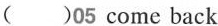
( )05 come back